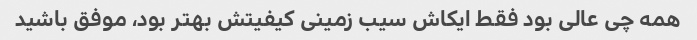
همه چی عالی بود فقط ایکاش سیب زمینی کیفیتش بهتر بود، موفق باشید